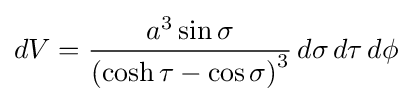
dV={\frac {a^{3}\sin \sigma }{\left(\cosh \tau -\cos \sigma \right)^{3}}}\,d\sigma \,d\tau \,d\phi